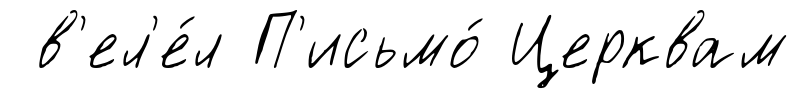
в'ел'е́л П'исьмо́ Церквам